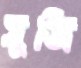
সুজি